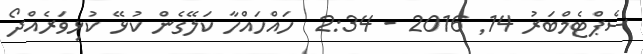
ސެޕްޓެމްބަރު 14